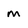
Character: m